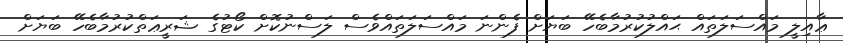
ޢާއިލީ މައްސަލަތައް ޙައްލުކުރުމާބެހޭ ބަޔަށް ފެންނަ މައްސަލަތައްވެސް ލަސްނުކޮށް ކޯޓުގެ ޝަރީޢަތްކުރުމާބެހޭ ބަޔަށް